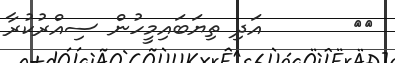
١٩       އަދި ތިޔަބައިމީހުން ސިއްރުކުރާ